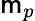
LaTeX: \mathsf{m}_{p}